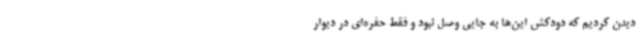
دیدن کردیم که دودکش این‌ها به جایی وصل نبود و فقط حفره‌ای در دیوار